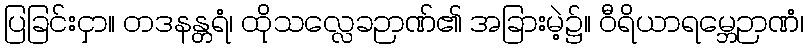
ပြခြင်းငှာ။ တဒနန္တရံ၊ ထိုသလ္လေခဉာဏ်၏ အခြားမဲ့၌။ ဝီရိယာရမ္ဘေဉာဏံ၊